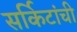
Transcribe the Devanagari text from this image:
सर्किटांची